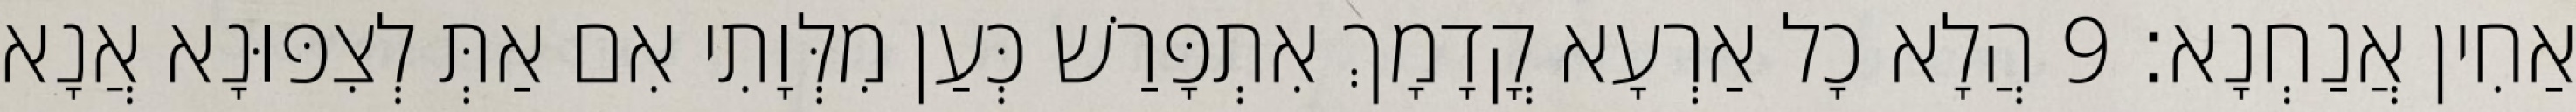
אַחִין אֲנַחְנָא׃ 9 הֲלָא כָל אַרְעָא קֳדָמָךְ אִתְפָּרַשׁ כְּעַן מִלְּוָתִי אִם אַתְּ לְצִפּוּנָא אֲנָא